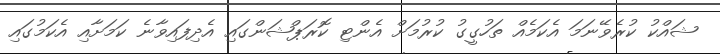
ޝައްކު ކުރެވޭނަމަ އެކަމެއް ތަހުގީގު ކުރުމަށް އެންޓި ކޮރަޕްޝަންގައި އެދިފައިވާނެ ކަމަށާއި އެކަމުގައި